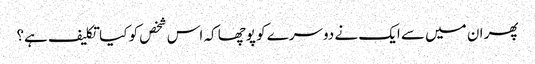
پھر ان میں سے ایک نے دوسرے کو پوچھا کہ اس شخص کو کیا تکلیف ہے؟